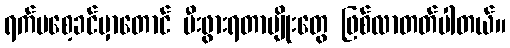
ရက်မစေ့ခင်မှာတောင် မီးဖွားရတာမျိုးတွေ ဖြစ်လာတတ်ပါတယ်။